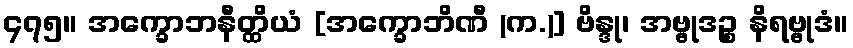
၄၇၅။ အက္ခောဘနီတ္ထိယံ [အက္ခောဘိဏီ (က.)] ဗိန္ဒု၊ အဗ္ဗုဒဉ္စ နိရဗ္ဗုဒံ။